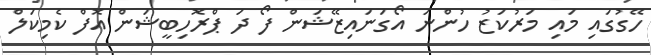
ހޭގުގައި މައި މަރުކަޒު ހުންނަ އޯގަނައިޒޭޝަން ފޯ ދަ ޕްރޮހިބީޝަން އޮފް ކެމިކަލް